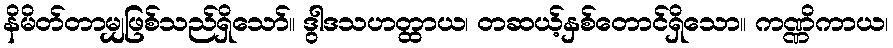
နိမိတ်တာမျှဖြစ်သည်ရှိသော်။ ဒွါဒသဟတ္ထာယ၊ တဆယ့်နှစ်တောင်ရှိသော။ ကဏ္ဏိကာယ၊